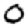
Digit: 0